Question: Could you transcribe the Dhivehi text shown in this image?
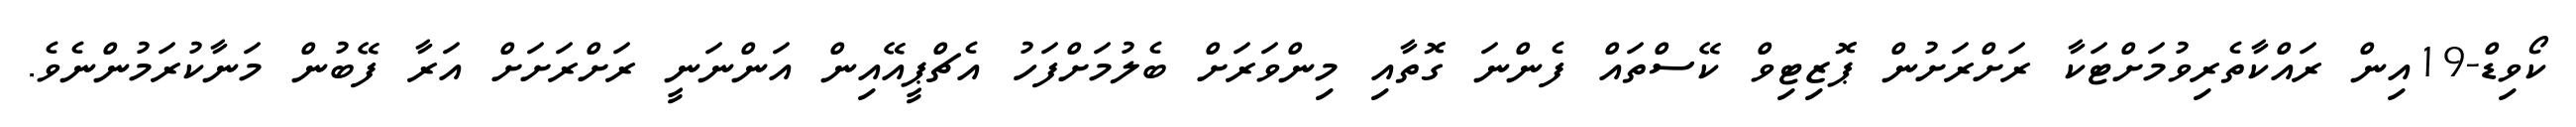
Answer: ކޯވިޑް-19އިން ރައްކާތެރިވުމަށްޓަކާ ރަށްރަށުން ޕޮޒިޓިވް ކޭސްތައް ފެންނަ ގޮތާއި މިންވަރަށް ބެލުމަށްފަހު އެޗްޕީއޭއިން އަންނަނީ ރަށްރަށަށް އަރާ ފޭބުން މަނާކުރަމުންނެވެ.